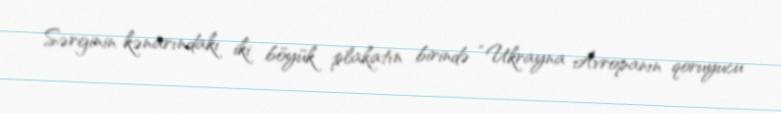
Sərginin kənarındakı iki böyük plakatın birində “Ukrayna Avropanın qoruyucu